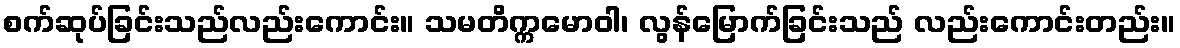
စက်ဆုပ်ခြင်းသည်လည်းကောင်း။ သမတိက္ကမောဝါ၊ လွန်မြောက်ခြင်းသည် လည်းကောင်းတည်း။